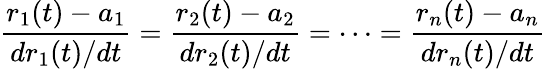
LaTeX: {\frac{r_{1}(t)-a_{1}}{dr_{1}(t)/dt}}={\frac{r_{2}(t)-a_{2}}{dr_{2}(t)/dt}}=\cdots={\frac{r_{n}(t)-a_{n}}{dr_{n}(t)/dt}}